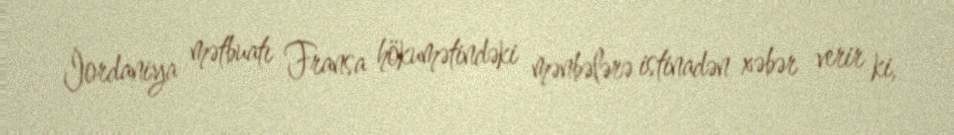
İordaniya mətbuatı Fransa hökumətindəki mənbələrə istinadən xəbər verir ki,